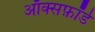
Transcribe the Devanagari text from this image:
ऑक्सफ़ॉर्ड